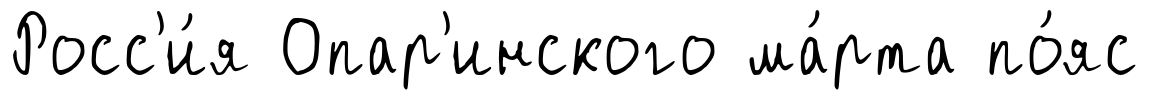
Росс'и́я Опар'инского ма́рта по́яс